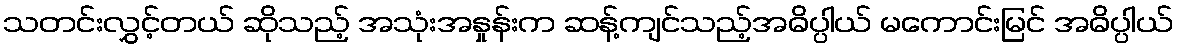
သတင်းလွှင့်တယ် ဆိုသည့် အသုံးအနှုန်းက ဆန့်ကျင်သည့်အဓိပ္ပါယ် မကောင်းမြင် အဓိပ္ပါယ်